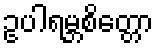
ဥပါရမ္ဘစိတ္တော